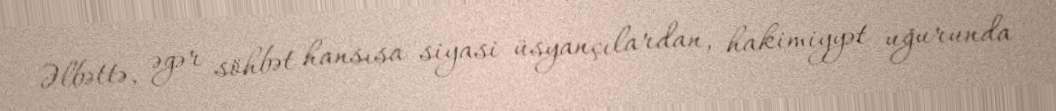
Əlbəttə, əgər söhbət hansısa siyasi üsyançılardan, hakimiyyət uğurunda